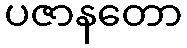
ပဇာနတော